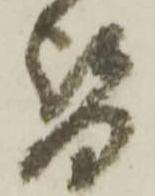
替